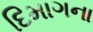
દિમાગના